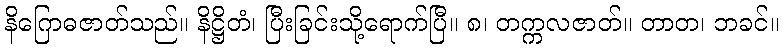
နိဂြောဓဇာတ်သည်။ နိဋ္ဌိတံ၊ ပြီးခြင်းသို့ရောက်ပြီ။ ၈၊ တက္ကလဇာတ်။ တာတ၊ ဘခင်။